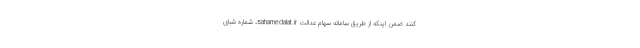
کنند ضمن اینکه از طریق سامانه سهام عدالت sahamedalat.ir، شماره شبای